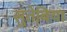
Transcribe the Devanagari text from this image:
सुतेबिया